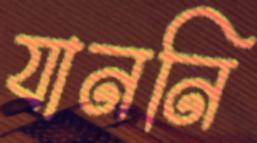
যাননি